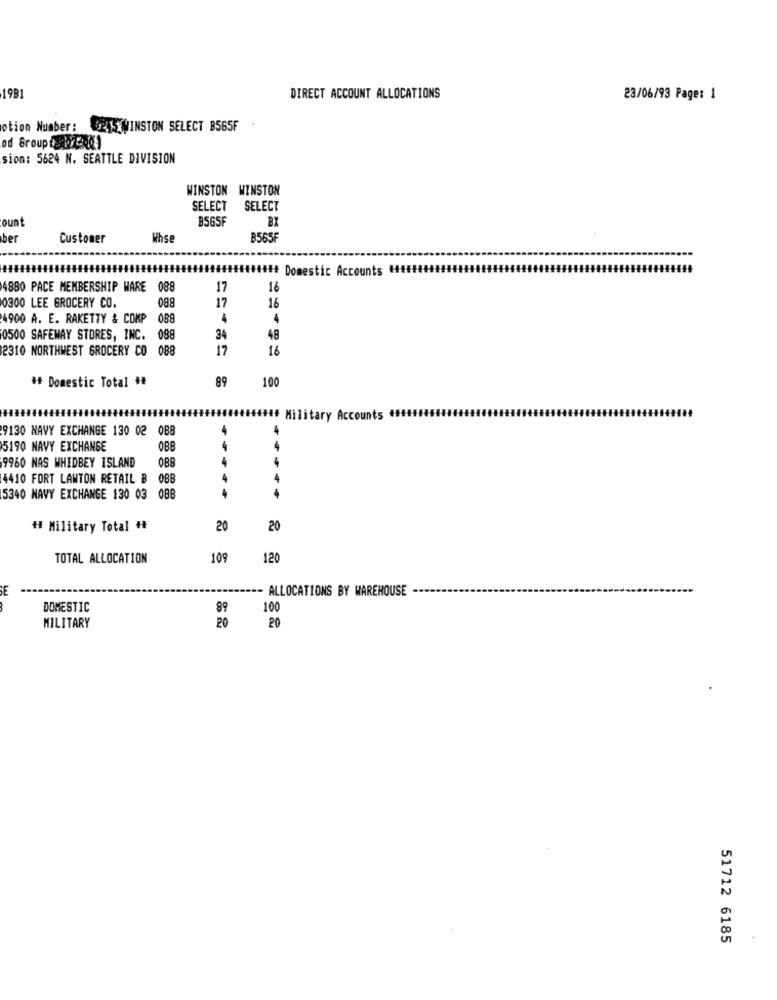
19B1
DIRECT ACCOUNT ALLOCATIONS
23/06/93 Page: 1
otion Number: 25 WINSTON SELECT B565F
od Group ( 7-201
sion: 5624 N. SEATTLE DIVISION
WINSTON WINSTON
SELECT SELECT
B565F
BX
ount
ber
Customer
Whse
B565F
.......... ### Domestic Accounts ###
4880 PACE MEMBERSHIP WARE 088
17
16
0300 LEE GROCERY CO.
088
17
16
4900 A. E. RAKETTY & COMP 088
4
0500 SAFEWAY STORES, INC. 088
34
48
2310 NORTHWEST GROCERY CO 088
17
16
## Domestic Total ##
89
100
##### Military Accounts ##
9130 NAVY EXCHANGE 130 02 088
4
5190 NAVY EXCHANGE
0BB
--
4
9960 NAS WHIDBEY ISLAND
088
4410 FORT LAWTON RETAIL B 088
4
5340 NAVY EXCHANGE 130 03 088
## Military Total ##
20
20
TOTAL ALLOCATION
109
120
-=== ALLOCATIONS BY WAREHOUSE
DOMESTIC
89
100
MILITARY
20
20
51712 6185